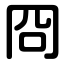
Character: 冏